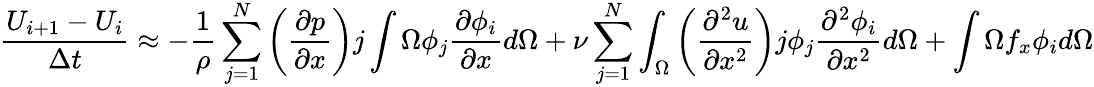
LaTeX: {\frac{U_{i+1}-U_{i}}{\Delta t}}\approx-{\frac{1}{\rho}}\sum_{j=1}^{N}\left({\frac{\partial p}{\partial x}}\right)j\int{\Omega}\phi_{j}{\frac{\partial\phi_{i}}{\partial x}}d\Omega+\nu\sum_{j=1}^{N}\int_{\Omega}\left({\frac{\partial^{2}u}{\partial x^{2}}}\right)j\phi_{j}{\frac{\partial^{2}\phi_{i}}{\partial x^{2}}}d\Omega+\int{\Omega}f_{x}\phi_{i}d\Omega